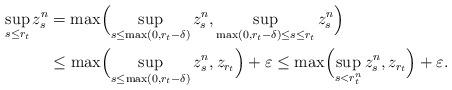
LaTeX: \begin{align*}\sup_{s \leq r_{t}} z^n_{s} &= \max \Bigl( \sup_{s \leq \max(0,r_{t}-\delta)} z^n_{s},\sup_{\max(0,r_{t}- \delta) \leq s \leq r_{t}} z^n_{s} \Bigr)\\&\leq \max \Bigl( \sup_{s \leq \max(0,r_{t}-\delta)} z^n_{s},z_{r_{t}} \Bigr) + \varepsilon\leq \max \Bigl( \sup_{s < r_{t}^n} z^n_{s},z_{r_{t}} \Bigr) + \varepsilon.\end{align*}